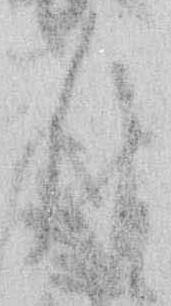
付